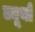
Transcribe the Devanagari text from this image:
ब्यूनो